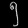
Digit: ၅